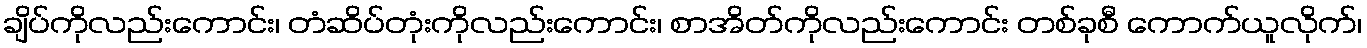
ချိပ်ကိုလည်းကောင်း၊ တံဆိပ်တုံးကိုလည်းကောင်း၊ စာအိတ်ကိုလည်းကောင်း တစ်ခုစီ ကောက်ယူလိုက်၊